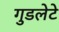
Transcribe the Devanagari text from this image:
गुडलेटे